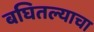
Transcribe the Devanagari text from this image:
बघितल्याचा